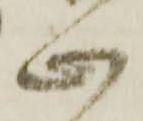
心